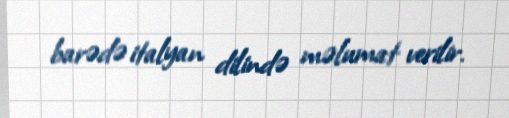
barədə italyan dilində məlumat verilir.